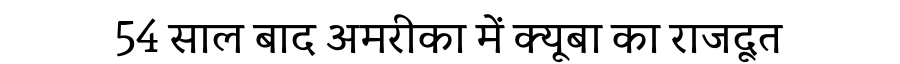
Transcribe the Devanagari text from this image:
54 साल बाद अमरीका में क्यूबा का राजदूत